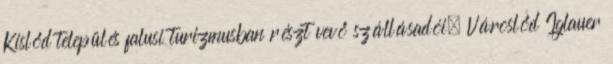
Kislőd település falusi turizmusban részt vevő szállásadói, Városlőd Iglauer